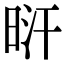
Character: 𣆙